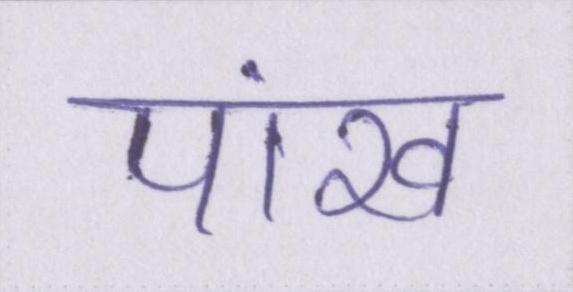
पांख